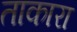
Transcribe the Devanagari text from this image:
ताकारा